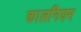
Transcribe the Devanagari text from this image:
कालनियम